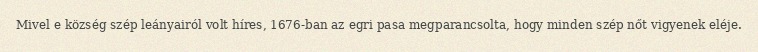
Mivel e község szép leányairól volt híres, 1676-ban az egri pasa megparancsolta, hogy minden szép nőt vigyenek eléje.